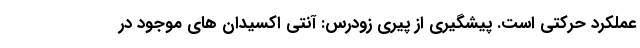
عملکرد حرکتی است. پیشگیری از پیری زودرس: آنتی اکسیدان های موجود در